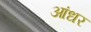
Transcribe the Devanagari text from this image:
आंधर